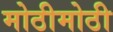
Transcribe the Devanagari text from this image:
मोठीमोठी